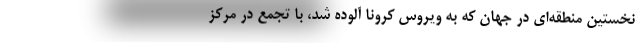
نخستین منطقه‌ای در جهان که به ویروس کرونا آلوده شد، با تجمع در مرکز